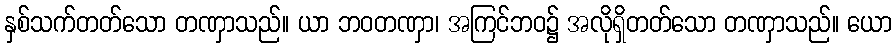
နှစ်သက်တတ်သော တဏှာသည်။ ယာ ဘဝတဏှာ၊ အကြင်ဘဝ၌ အလိုရှိတတ်သော တဏှာသည်။ ယော